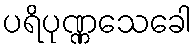
ပရိပုဏ္ဏသေခေါ